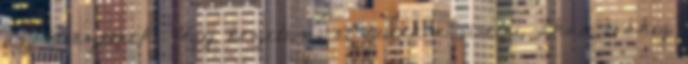
az élvezetnek. Úgy érzetem, el tudnám viselni, akár órákig